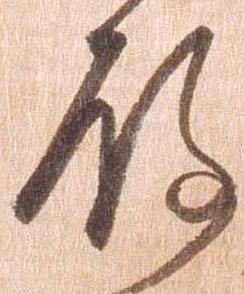
殿